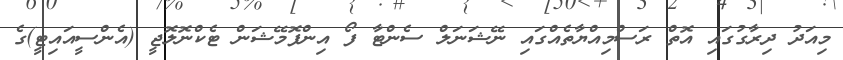
މިއަދު ދިރާގުގައި އޮތް ރަސްމިއްޔާތެއްގައި ނޭޝަނަލް ސެންޓާ ފޯ އިންފޮމޭޝަން ޓެކްނޮލޮޖީ (އެންސީއައިޓީ)ގެ